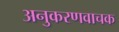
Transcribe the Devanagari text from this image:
अनुकरणवाचक